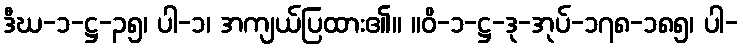
ဒီဃ-၁-ဋ္ဌ-၃၅၊ ပါ-၁၊ အကျယ်ပြထား၏။ ။ဝိ-၁-ဋ္ဌ-ဒု-အုပ်-၁၇၈-၁၈၅၊ ပါ-